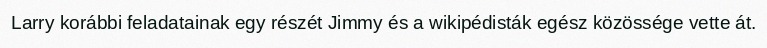
Larry korábbi feladatainak egy részét Jimmy és a wikipédisták egész közössége vette át.